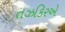
તઝકિરએ